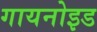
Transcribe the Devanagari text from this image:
गायनोइड